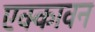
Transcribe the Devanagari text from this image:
एक्कावन